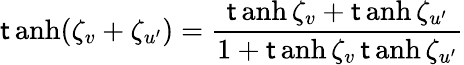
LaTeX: \operatorname{\mathsf{t}anh}(\zeta_{v}+\zeta_{u^{\prime}})={\frac{{\operatorname{\mathsf{t}anh}\zeta_{v}+\operatorname{\mathsf{t}anh}\zeta_{u^{\prime}}}}{{1+\operatorname{\mathsf{t}anh}\zeta_{v}\operatorname{\mathsf{t}anh}\zeta_{u^{\prime}}}}}